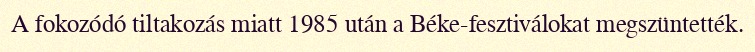
A fokozódó tiltakozás miatt 1985 után a Béke-fesztiválokat megszüntették.